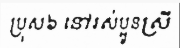
ប្រុស៦ នៅរស់ប្អូនស្រី